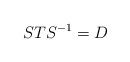
LaTeX: \begin{align*}STS^{-1}=D\end{align*}